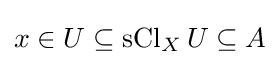
x\in U\subseteq \operatorname {sCl} _{X}U\subseteq A